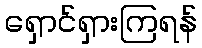
ရှောင်ရှားကြရန်